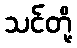
သင်တို့